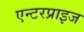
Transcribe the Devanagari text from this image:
एन्टरप्राइज